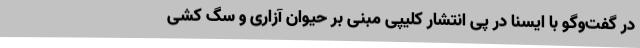
در گفت‌وگو با ایسنا در پی انتشار کلیپی مبنی بر حیوان آزاری و سگ کشی